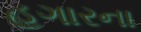
હગારના